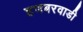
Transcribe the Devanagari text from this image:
हणबरवाडी